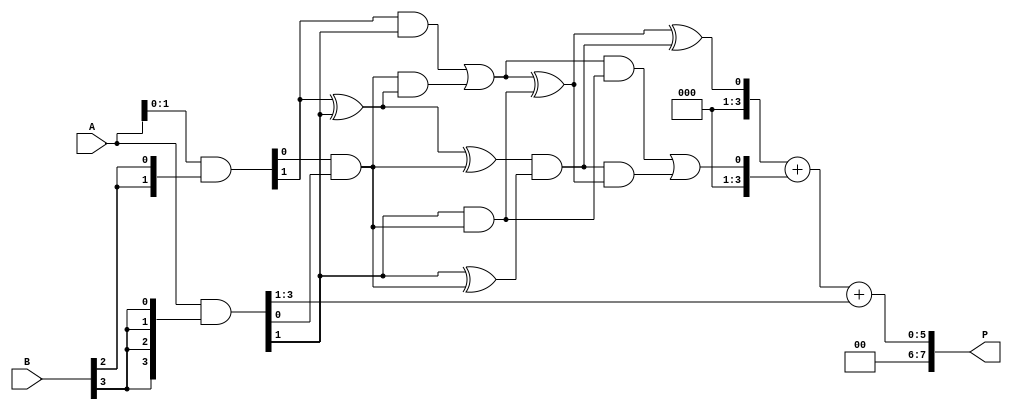
module wallace_tree_multiplier #(parameter N = 4) (
    input [N-1:0] A,
    input [N-1:0] B,
    output [2*N-1:0] P
);

    // Generate partial products
    wire [N-1:0] pp [0:N-1]; // Partial products
    genvar i, j;
    generate
        for (i = 0; i < N; i = i + 1) begin : pp_gen
            assign pp[i] = A & {N{B[i]}};
        end
    endgenerate

    // Wallace tree reduction
    wire [N-1:0] sum [0:N-1]; // Sums at each level
    wire [N-1:0] carry [0:N-1]; // Carries at each level

    // First layer of reduction
    wire [N-1:0] ha_sum [0:N-1];
    wire [N-1:0] ha_carry [0:N-1];
    wire [N-1:0] fa_sum [0:N-1];
    wire [N-1:0] fa_carry [0:N-1];

    // Half adders and full adders for the first layer
    generate
        for (i = 0; i < N; i = i + 1) begin : first_layer
            if (i < N-1) begin
                // Half adder for the first two bits
                assign ha_sum[i] = pp[i][0] ^ pp[i+1][0];
                assign ha_carry[i] = pp[i][0] & pp[i+1][0];

                // Full adder for the next bits
                assign fa_sum[i] = pp[i][1] ^ pp[i+1][1] ^ ha_carry[i];
                assign fa_carry[i] = (pp[i][1] & pp[i+1][1]) | (ha_carry[i] & (pp[i][1] ^ pp[i+1][1]));
            end else begin
                // Last bit just carries over
                assign fa_sum[i] = pp[i][1] ^ ha_carry[i-1];
                assign fa_carry[i] = pp[i][1] & ha_carry[i-1];
            end
        end
    endgenerate

    // Second layer of reduction
    wire [N-1:0] sum2 [0:N-1];
    wire [N-1:0] carry2 [0:N-1];

    generate
        for (i = 0; i < N-1; i = i + 1) begin : second_layer
            // Half adder for the first two bits
            assign sum2[i] = fa_sum[i] ^ fa_sum[i+1];
            assign carry2[i] = fa_sum[i] & fa_sum[i+1];

            // Full adder for the next bits
            assign sum2[i+1] = fa_carry[i] ^ fa_carry[i+1] ^ carry2[i];
            assign carry2[i+1] = (fa_carry[i] & fa_carry[i+1]) | (carry2[i] & (fa_carry[i] ^ fa_carry[i+1]));
        end
    endgenerate

    // Final addition
    wire [2*N-1:0] final_sum;
    wire [2*N-1:0] final_carry;

    assign final_sum = {1'b0, sum2[N-1]} + {1'b0, carry2[N-1]} + {1'b0, pp[N-1][N-1:1]};

    // Final product output
    assign P = final_sum;

endmodule